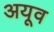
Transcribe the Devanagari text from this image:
अयूव